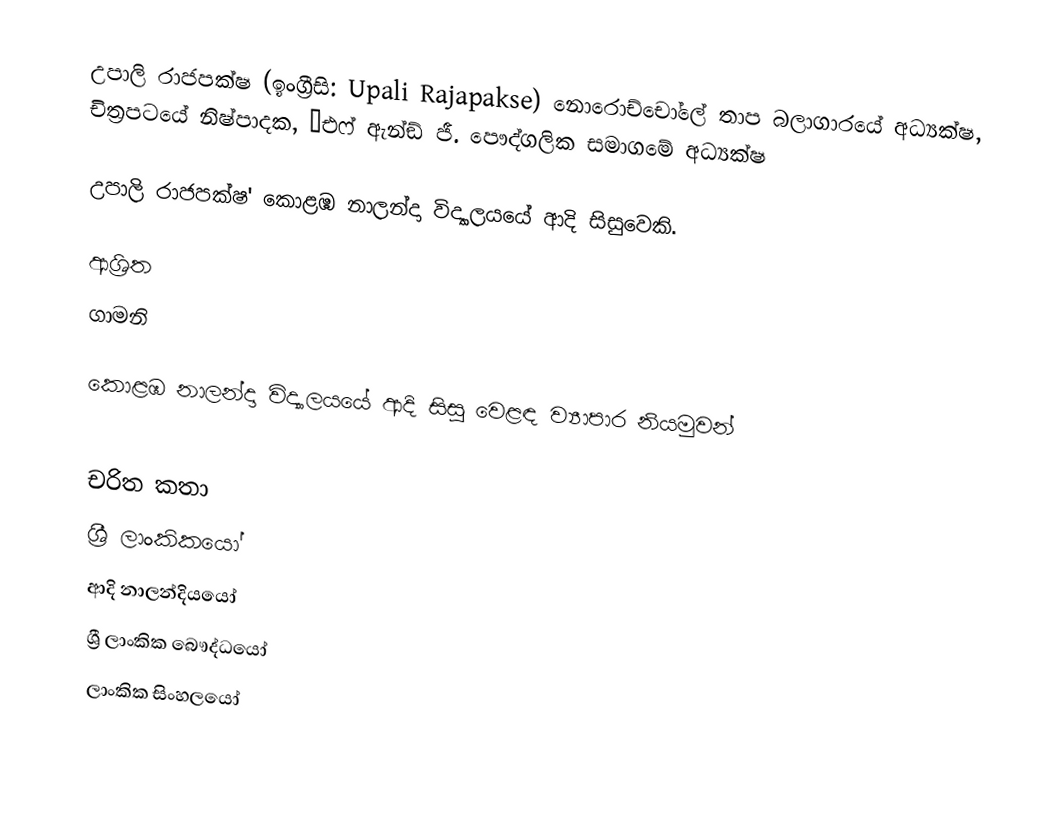
උපාලි රාජපක්ෂ (ඉංග්‍රීසි: Upali Rajapakse)  නොරොච්චෝලේ තාප බලාගාරයේ අධ්‍යක්ෂ, චිත්‍රපටයේ නිෂ්පාදක, ‘එෆ් ඇන්ඞ් ජී. පෞද්ගලික සමාගමේ අධ්‍යක්ෂ

උපාලි රාජපක්ෂ' කොළඹ නාලන්දා විද්‍යාලයයේ ආදි සිසුවෙකි.

ආශ්‍රිත
 ගාමනි

 කොළඹ නාලන්දා විද්‍යාලයයේ ආදි සිසු වෙළඳ ව්‍යාපාර නියමුවන්

චරිත කතා
ශ්‍රී ලාංකිකයෝ
ආදි නාලන්දියයෝ
ශ්‍රී ලාංකික බෞද්ධයෝ
ලාංකික සිංහලයෝ